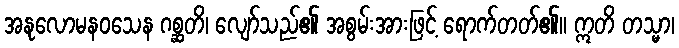
အနုလောမနဝသေန ဂစ္ဆတိ၊ လျော်သည်၏ အစွမ်းအားဖြင့် ရောက်တတ်၏။ ဣတိ တသ္မာ၊